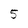
Character: 5